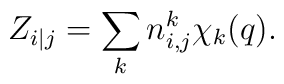
Z_{i|j} = \sum_k  n_{i,j}^{k} \chi_k(q).